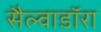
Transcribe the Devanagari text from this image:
सैल्वाडॉरा